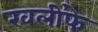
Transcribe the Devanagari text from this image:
खलीफे